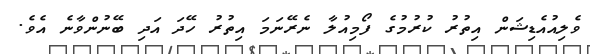
ވެލިއުއެޑިޝަން އިތުރު ކުރުމުގެ ފޯމިއުލާ ނެރޭނަމަ އިތުރު ހޭދަ އަދި ބޭނުންވާނެ އެވެ.